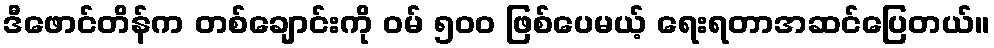
ဒီဖောင်တိန်က တစ်ချောင်းကို ဝမ် ၅၀၀ ဖြစ်ပေမယ့် ရေးရတာအဆင်ပြေတယ်။